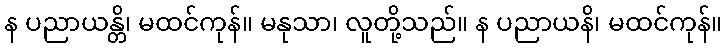
န ပညာယန္တိ၊ မထင်ကုန်။ မနုသာ၊ လူတို့သည်။ န ပညာယနိ၊ မထင်ကုန်။